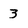
Character: 3